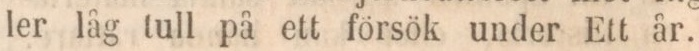
ler låg tull på ett försök under Ett år.